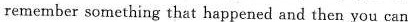
remember something that happened and then you can